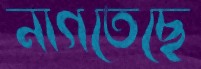
নাগতেছে